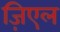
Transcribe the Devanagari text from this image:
ज़िएल